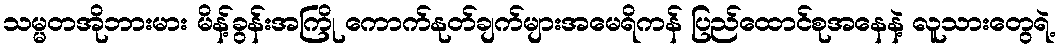
သမ္မတအိုဘားမား မိန့်ခွန်းအကြို ကောက်နုတ်ချက်များအမေရိကန် ပြည်ထောင်စုအနေနဲ့ လူသားတွေရဲ့